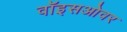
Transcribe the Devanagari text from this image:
वॉइसओवर